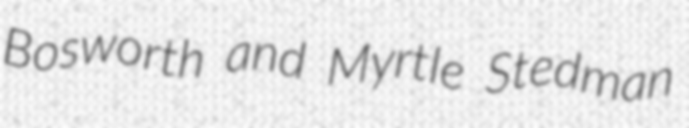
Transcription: Bosworth and Myrtle Stedman